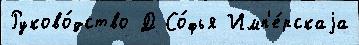
Руково́дство Д Со́фья Имп'е́рскаjа